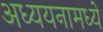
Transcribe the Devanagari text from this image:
अध्ययनामध्ये